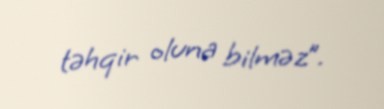
təhqir oluna bilməz”.